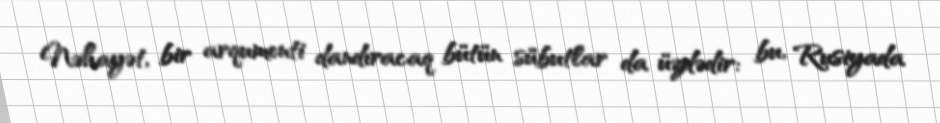
Nəhayət, bir arqumenti dandıracaq bütün sübutlar da üzdədir: bu, Rusiyada